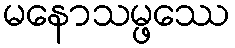
မနောသမ္ဖဿေ